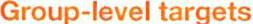
Group-level targets